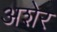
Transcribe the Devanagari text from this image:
अशेर